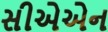
સીએએન